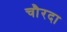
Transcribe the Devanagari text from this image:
चौरदा